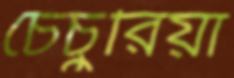
চেঁচুরিয়া